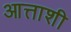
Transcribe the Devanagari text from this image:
आत्ताशी